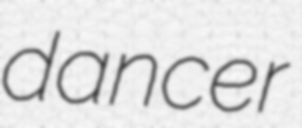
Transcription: dancer